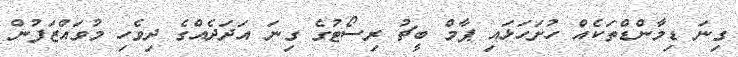
ގިނަ ޑިމާންޑްތަކެއް ހުށަހަޅައި ޕާމް ބީޗު ރިސޯޓުގެ ގިނަ އަދަދެއްގެ ދިވެހި މުވައްޒަފުން